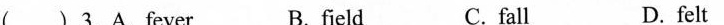
（ ）3.A.Fever B. fǐeld C.fall D. felt